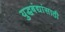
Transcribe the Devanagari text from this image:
युद्धबंद्यांसाठी